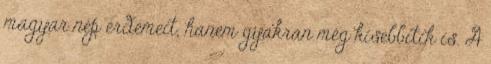
magyar nép érdemeit, hanem gyakran még kisebbítik is. A